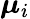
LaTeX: \boldsymbol{\mu}_{i}